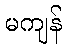
မကျန်